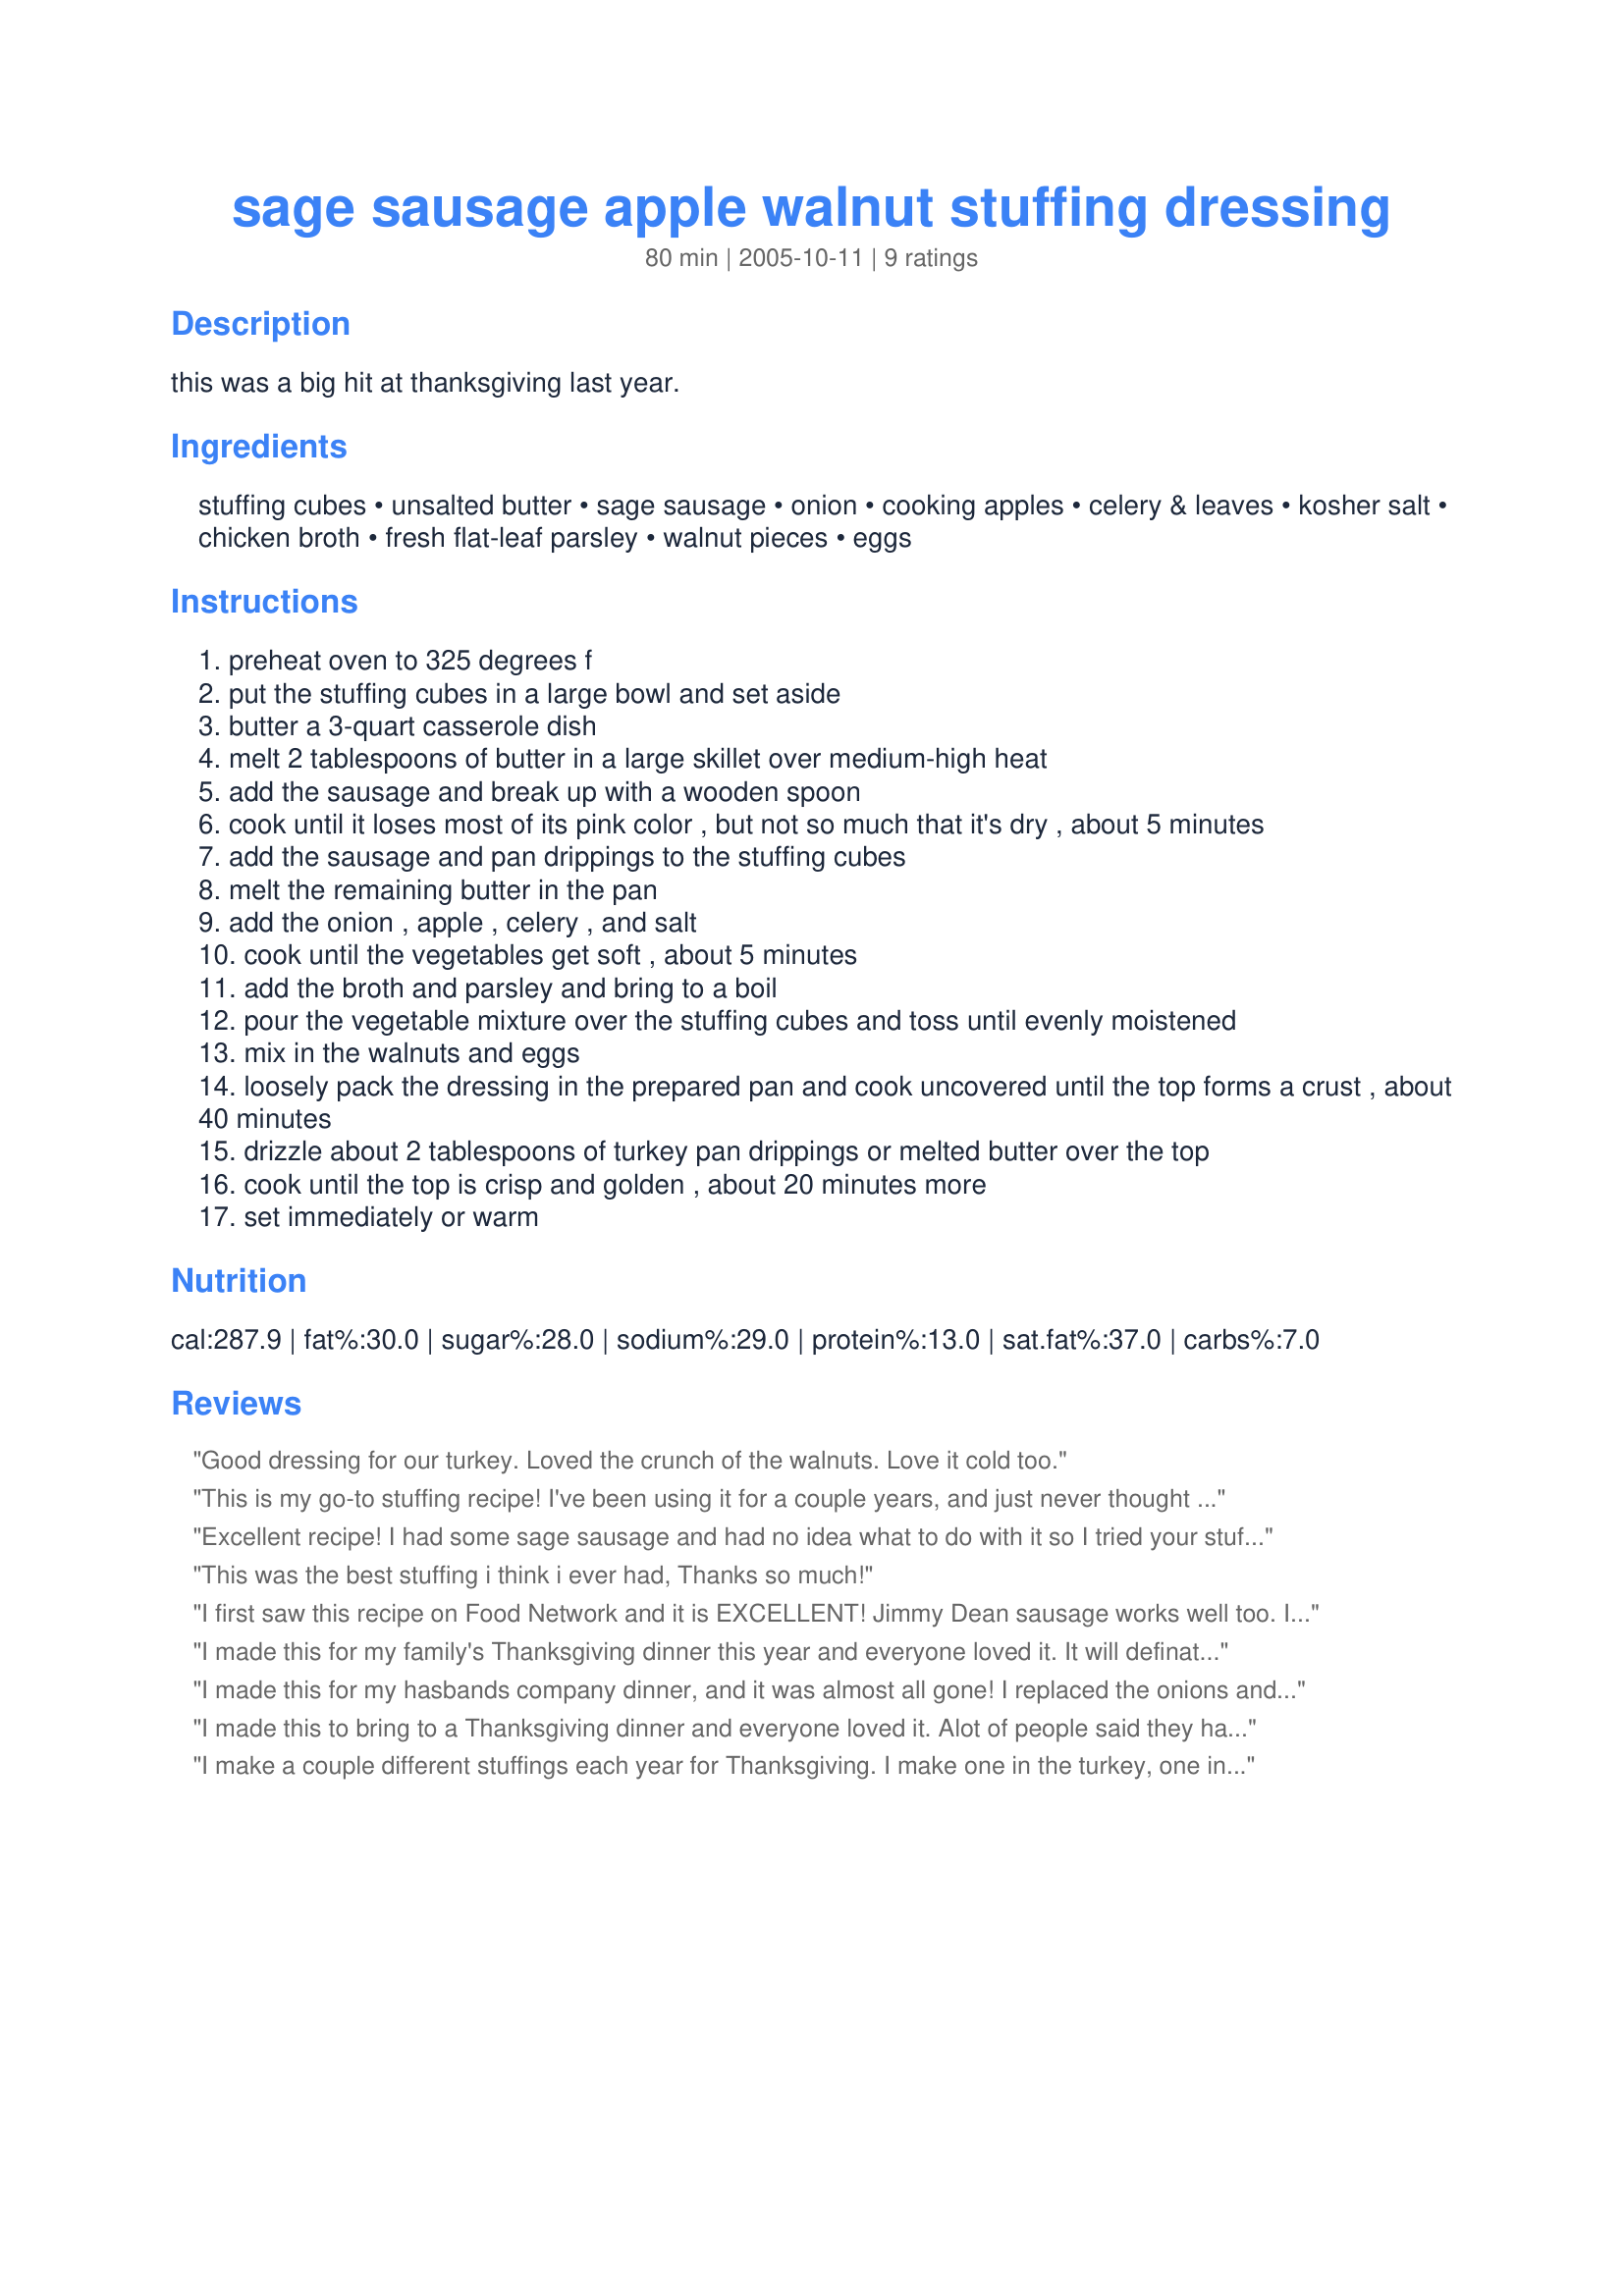
sage sausage apple walnut stuffing dressing
Preparation time: 80 minutes

this was a big hit at thanksgiving last year.

Ingredients:
stuffing cubes, unsalted butter, sage sausage, onion, cooking apples, celery & leaves, kosher salt, chicken broth, fresh flat-leaf parsley, walnut pieces, eggs

Steps:
preheat oven to 325 degrees f
put the stuffing cubes in a large bowl and set aside
butter a 3-quart casserole dish
melt 2 tablespoons of butter in a large skillet over medium-high heat
add the sausage and break up with a wooden spoon
cook until it loses most of its pink color , but not so much that it's dry , about 5 minutes
add the sausage and pan drippings to the stuffing cubes
melt the remaining butter in the pan
add the onion , apple , celery , and salt
cook until the vegetables get soft , about 5 minutes
add the broth and parsley and bring to a boil
pour the vegetable mixture over the stuffing cubes and toss until evenly moistened
mix in the walnuts and eggs
loosely pack the dressing in the prepared pan and cook uncovered until the top forms a crust , about 40 minutes
drizzle about 2 tablespoons of turkey pan drippings or melted butter over the top
cook until the top is crisp and golden , about 20 minutes more
set immediately or warm

Reviews:
Good dressing for our turkey. Loved the crunch of the walnuts. Love it cold too.
This is my go-to stuffing recipe! I've been using it for a couple years, and just never thought to rate it. It is moist and flavorful though. I pretty much follow the recipe, without substitutions.
Excellent recipe! I had some sage sausage and had no idea what to do with it so I tried your stuffing as a trial for Thanksgiving and it was a huge hit!! Thanks!!!!!!
This was the best stuffing i think i ever had, Thanks so much!
I first saw this recipe on Food Network and it is EXCELLENT! Jimmy Dean sausage works well too. I have even made this the night before and warmed it up on Turkey Day. Thanks for posting Chef Itchy Monkey.
I made this for my family's Thanksgiving dinner this year and everyone loved it. It will definately be a traditional part of our holiday meals from now on. I doubled the recipe to serve 15. It was so easy to make and turned out delicious.
I made this for my hasbands company dinner, and it was almost all gone! I replaced the onions and celery for powder, because he doesnt like the real thing. Next time, I will make it all the way because I looove onions! Thanks!
I made this to bring to a Thanksgiving dinner and everyone loved it. Alot of people said they had tried making a recipe similiar to this and had no luck, so I shared this recipe with them. Very flavorful!
I make a couple different stuffings each year for Thanksgiving. I make one in the turkey, one in a pot with the giblets and sometimes another with no onions. I made traditional for in the turkey this year, and made this recipe in a bean pot with the giblets. I also added pumpkin to the recipe, since the my family are big pumpkin fans. Let me tell you! It was sooooo good! It was everyones favorite! I asked everyone which one they would like for Christmas...This one! It was absolutely wonderful! If my family likes it, that means it is a big hit. I will be making it again, for sure!
